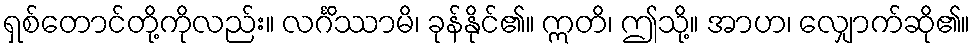
ရှစ်တောင်တို့ကိုလည်း။ လင်္ဂိဿာမိ၊ ခုန်နိုင်၏။ ဣတိ၊ ဤသို့။ အာဟ၊ လျှောက်ဆို၏။